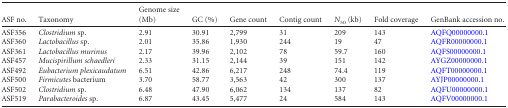
| ASF no. | Taxonomy | Genome size (Mb) | GC (%) | Gene count | Contig count | N50 (kb) | Fold coverage | GenBank accession no. |
 | --- | --- | --- | --- | --- | --- | --- | --- | --- |
 | ASF356 | Clostridium sp. | 2.91 | 30.91 | 2,799 | 31 | 209 | 143 | AQFQ00000000.1 |
 | ASF360 | Lactobacillus sp. | 2.01 | 35.86 | 1,930 | 244 | 19 | 47 | AQFR00000000.1 |
 | ASF361 | Lactobacillus murinus | 2.17 | 39.96 | 2,102 | 78 | 59.7 | 160 | AQFS00000000.1 |
 | ASF457 | Mucispirillum schaedleri | 2.33 | 31.15 | 2,144 | 39 | 151 | 142 | AYGZ00000000.1 |
 | ASF492 | Eubacterium plexicaudatum | 6.51 | 42.86 | 6,217 | 248 | 74.4 | 119 | AQFT00000000.1 |
 | ASF500 | Firmicutes bacterium | 3.70 | 58.77 | 3,563 | 42 | 300 | 137 | AYJP00000000.1 |
 | ASF502 | Clostridium sp. | 6.48 | 47.90 | 6,062 | 134 | 137 | 82 | AQFU00000000.1 |
 | ASF519 | Parabacteroides sp. | 6.87 | 43.45 | 5,477 | 24 | 584 | 143 | AQFV00000000.1 |